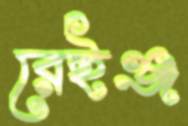
রেইঞ্জ